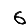
Digit: 6